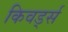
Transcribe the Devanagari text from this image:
किवर्ड्स